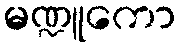
မဏ္ဍူကော